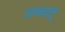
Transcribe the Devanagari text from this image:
तव्यत्